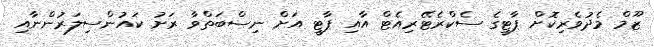
ޒޫމް މެދުވެރިކޮށް ޕާޓީގެ ސެކްރެޓޭރިއެޓް އާއި ޕާޓީ އަށް ނިސްބަތްވާ ރަށު ކައުންސިލަރުންނާއި